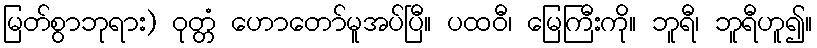
မြတ်စွာဘုရား) ဝုတ္တံ ဟောတော်မူအပ်ပြီ။ ပထဝီ၊ မြေကြီးကို။ ဘူရီ၊ ဘူရီဟူ၍။